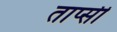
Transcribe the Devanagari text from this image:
ताप्सी